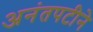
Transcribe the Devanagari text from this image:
अनंतपटीने